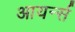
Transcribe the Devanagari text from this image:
आयर्न्स